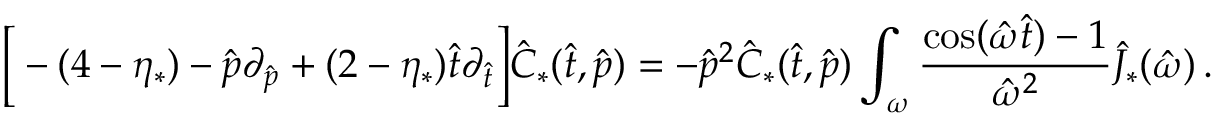
\Big [ - ( 4 - \eta _ { * } ) - \hat { p } \partial _ { \hat { p } } + ( 2 - \eta _ { * } ) { \hat { t } \partial _ { \hat { t } } } \Big ] \hat { C } _ { * } ( \hat { t } , \hat { p } ) = - \hat { p } ^ { 2 } \hat { C } _ { * } ( \hat { t } , \hat { p } ) \int _ { \omega } \frac { \cos ( \hat { \omega } \hat { t } ) - 1 } { \hat { \omega } ^ { 2 } } \hat { J } _ { * } ( \hat { \omega } ) \, .